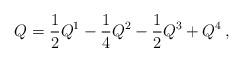
LaTeX: \begin{align*}Q= \frac12Q^1 - \frac14Q^2- \frac12Q^3 + Q^4\,,\end{align*}